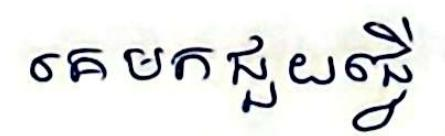
គេមកជួយធ្វើ